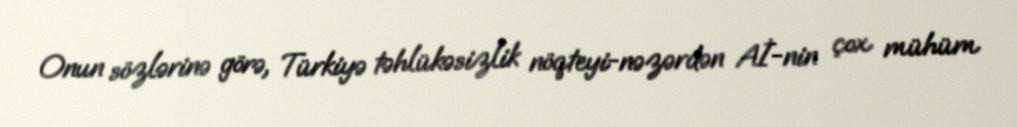
Onun sözlərinə görə, Türkiyə təhlükəsizlik nöqteyi-nəzərdən Aİ-nin çox mühüm